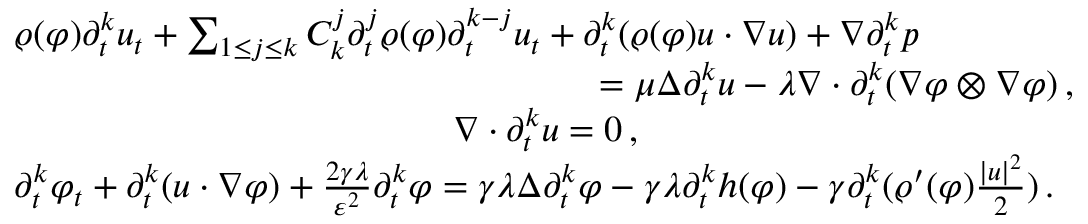
\begin{array} { r l } & { \varrho ( \varphi ) \partial _ { t } ^ { k } u _ { t } + \sum _ { 1 \leq j \leq k } C _ { k } ^ { j } \partial _ { t } ^ { j } \varrho ( \varphi ) \partial _ { t } ^ { k - j } u _ { t } + \partial _ { t } ^ { k } ( \varrho ( \varphi ) u \cdot \nabla u ) + \nabla \partial _ { t } ^ { k } p } \\ & { \qquad \qquad \qquad \qquad \qquad \qquad \qquad \qquad = \mu \Delta \partial _ { t } ^ { k } u - \lambda \nabla \cdot \partial _ { t } ^ { k } ( \nabla \varphi \otimes \nabla \varphi ) \, , } \\ & { \qquad \qquad \qquad \qquad \qquad \qquad \nabla \cdot \partial _ { t } ^ { k } u = 0 \, , } \\ & { \partial _ { t } ^ { k } \varphi _ { t } + \partial _ { t } ^ { k } ( u \cdot \nabla \varphi ) + \frac { 2 \gamma \lambda } { \varepsilon ^ { 2 } } \partial _ { t } ^ { k } \varphi = \gamma \lambda \Delta \partial _ { t } ^ { k } \varphi - \gamma \lambda \partial _ { t } ^ { k } h ( \varphi ) - \gamma \partial _ { t } ^ { k } ( \varrho ^ { \prime } ( \varphi ) \frac { | u | ^ { 2 } } { 2 } ) \, . } \end{array}